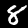
Digit: 8